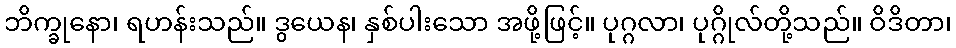
ဘိက္ခုနော၊ ရဟန်းသည်။ ဒွယေန၊ နှစ်ပါးသော အဖို့ဖြင့်။ ပုဂ္ဂလာ၊ ပုဂ္ဂိုလ်တို့သည်။ ဝိဒိတာ၊